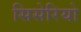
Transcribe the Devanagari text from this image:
सिसेरियो